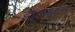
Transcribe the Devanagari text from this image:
होलकोम